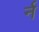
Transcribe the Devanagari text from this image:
र्न